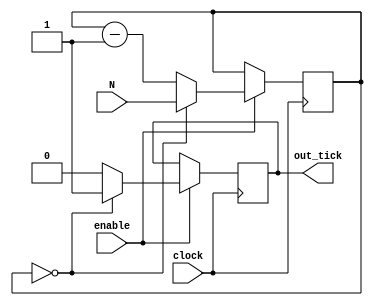
module div_by_N(clock, enable, N, out_tick);
	
	parameter N_BIT = 16;
	
	input clock, enable;
	input [N_BIT-1 : 0] N;
	output out_tick;
	
	reg [N_BIT-1 : 0] count;
	reg out_tick;
	
	initial out_tick = 1'b0;
	
	always @ (posedge clock)
		if (enable == 1'b1)
			if (count == 0) begin
				count <= N;
				out_tick = 1'b1;
			end
			else begin
				count <= count - 1;
				out_tick <= 1'b0;
			end
endmodule